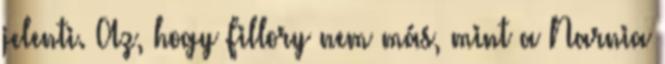
jelenti. Az, hogy Fillory nem más, mint a Narnia